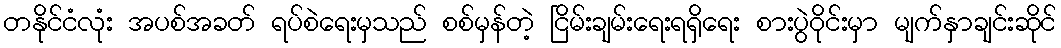
တနိုင်ငံလုံး အပစ်အခတ် ရပ်စဲရေးမှသည် စစ်မှန်တဲ့ ငြိမ်းချမ်းရေးရရှိရေး စားပွဲဝိုင်းမှာ မျက်နှာချင်းဆိုင်